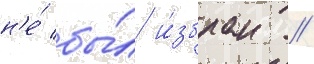
н'е́ бы́л и́збран //